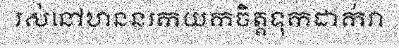
រស់នៅឋាននរកយកចិត្តទុកដាក់វា